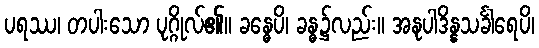
ပရဿ၊ တပါးသော ပုဂ္ဂိုလ်၏။ ခန္ဓေပိ၊ ခန္ဓ၌လည်း။ အနုပါဒိန္နသင်္ခါရေပိ၊